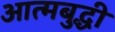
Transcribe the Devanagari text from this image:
आत्मबुद्धी